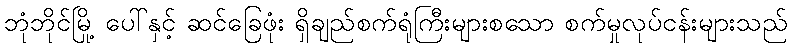
ဘုံဘိုင်မြို့ ပေါ်နှင့် ဆင်ခြေဖုံး ရှိချည်စက်ရုံကြီးများစသော စက်မှုလုပ်ငန်းများသည်